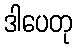
ဒါပေတု